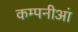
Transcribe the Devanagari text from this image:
कम्पनीआं